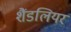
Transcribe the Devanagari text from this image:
शैंडलियर